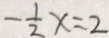
- \frac { 1 } { 2 } x = 2